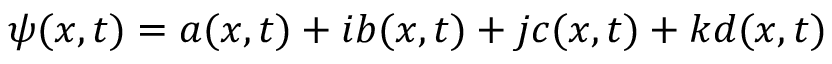
\boldsymbol { \psi } ( \boldsymbol { x } , t ) = a ( \boldsymbol { x } , t ) + \boldsymbol { i } b ( \boldsymbol { x } , t ) + \boldsymbol { j } c ( \boldsymbol { x } , t ) + \boldsymbol { k } d ( \boldsymbol { x } , t )